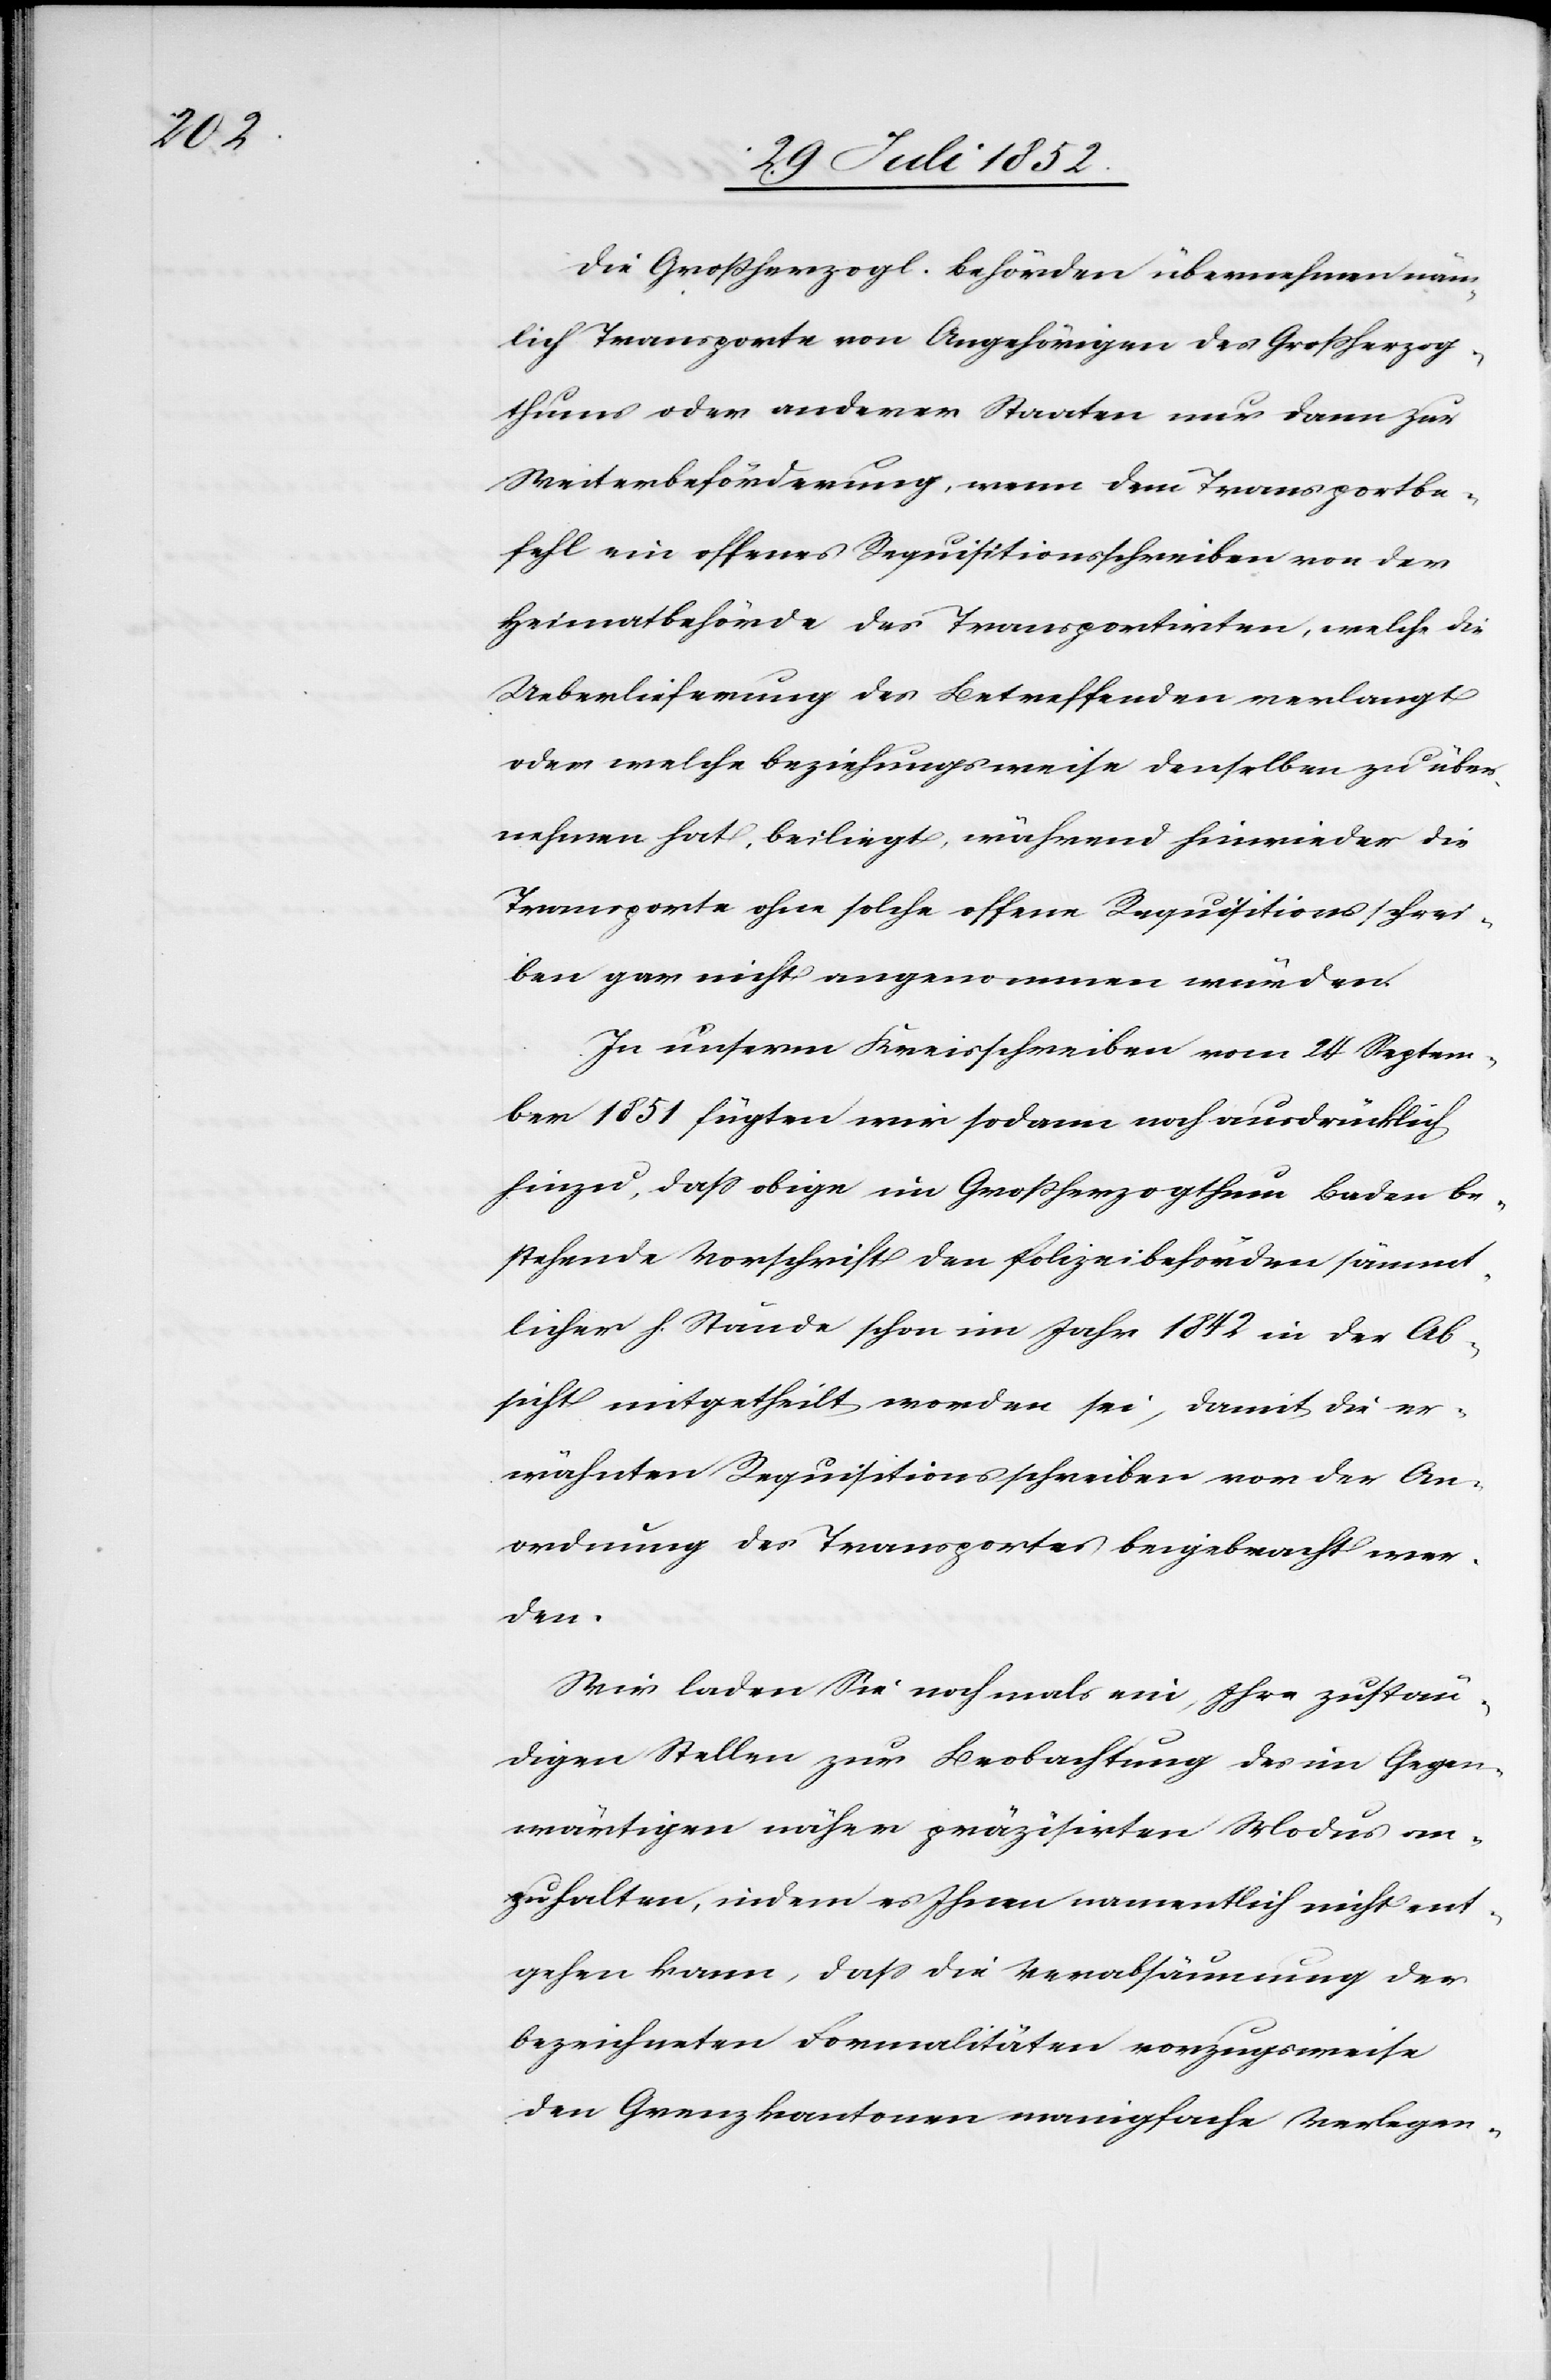
Die Großherzogl. Behörden übernehmen näm¬
lich Transporte von Angehörigen des Großherzog¬
thums oder anderer Staaten nur dann zur
Weiterbeförderung, wenn dem Transportbe¬
fehl ein offenes Requisitionsschreiben von der
Heimatbehörde des Transportirten, welche die
Ueberlieferung des Betreffenden verlangt
oder welche beziehungsweise denselben zu über¬
nehmen hat, beiliegt, während hinwieder die
Transporte ohne solche offene Requisitionsschrei¬
ben gar nicht angenommen würden.
In unserm Kreisschreiben vom 24 Septem¬
ber 1851 fügten wir sodann noch ausdrücklich
hinzu, dass obige im Großherzogthum Baden be¬
stehende Vorschrift den Polizeibehörden sämmt¬
licher h. Stände schon im Jahr 1842 in der Ab¬
sicht mitgetheilt worden sei, damit die er¬
wähnten Requisitionsschreiben vor der An¬
ordnung des Transportes beigebracht wer¬
den.
Wir laden Sie nochmals ein, Ihre zustän¬
digen Stellen zur Beobachtung des im Gegen¬
wärtigen näher präzisirten Modus an¬
zuhalten, indem es Ihnen namentlich nicht ent¬
gehen kann, dass die Verabsäumung der
bezeichneten Formalitäten vorzugsweise
den Grenzkantonen manigfache Verlegen-